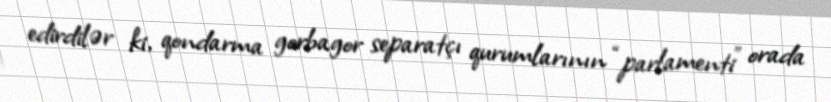
edirdilər ki, qondarma gorbagor separatçı qurumlarının “parlamenti” orada